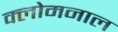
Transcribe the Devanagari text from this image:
क्लोमनाल